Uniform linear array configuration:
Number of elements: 64
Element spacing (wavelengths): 0.25
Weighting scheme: exponential
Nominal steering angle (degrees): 45
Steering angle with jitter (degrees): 43.726
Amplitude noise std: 0.05
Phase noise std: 0.05

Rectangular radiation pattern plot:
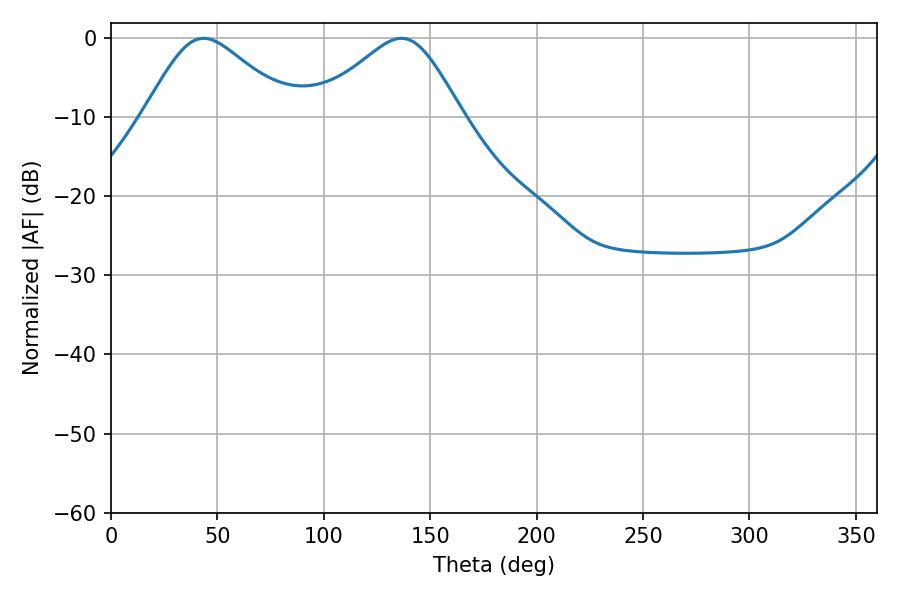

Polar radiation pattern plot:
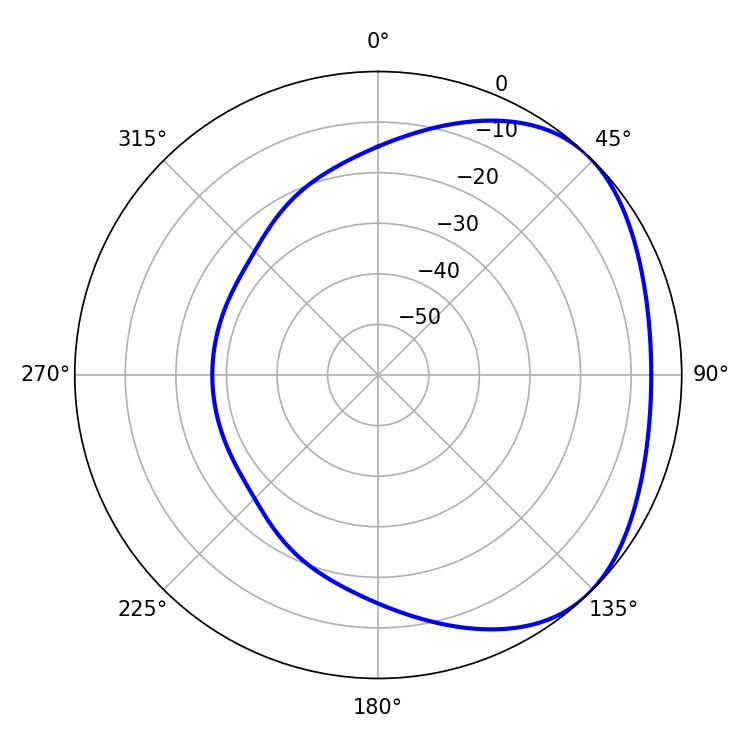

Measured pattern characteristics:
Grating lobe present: FALSE
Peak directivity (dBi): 2.975
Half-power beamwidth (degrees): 34.02
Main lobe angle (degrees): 43.56